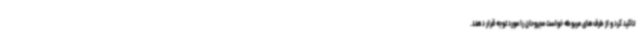
تاکید کرد و از طرف‌های مربوطه خواست مجروحان را مورد توجه قرار دهند.